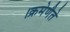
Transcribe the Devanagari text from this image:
।क्रमेणैते